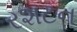
રશટન